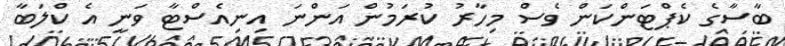
ބާސާގެ ކެޕްޓަންކަން ވެސް މިހާރު ކުރަމުން އަންނަ އިނިއެސްޓާ ވަނީ އެ ކްލަބާ